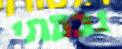
גבעתי